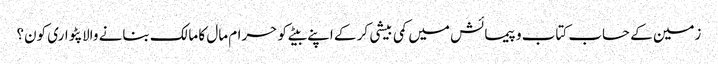
زمین کے حساب کتاب و پیمائش میں کمی بیشی کر کے اپنے بیٹے کو حرام مال کا مالک بنانے والا پٹواری کون؟